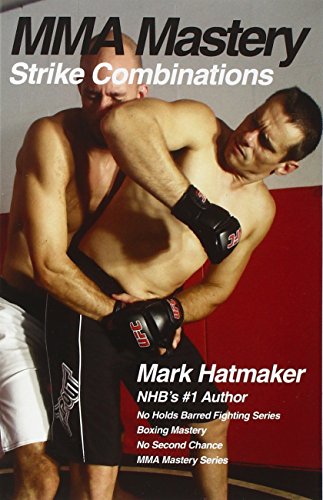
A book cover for MMA Mastery: Strike Combinations (MMA Mastery series); Mark Hatmaker; Sports & Outdoors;